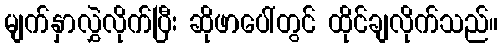
မျက်နှာလွှဲလိုက်ပြီး ဆိုဖာပေါ်တွင် ထိုင်ချလိုက်သည်။